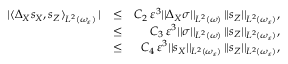
\begin{array} { r l r } { \vert \langle \Delta _ { X } s _ { X } , s _ { Z } \rangle _ { L ^ { 2 } ( \omega _ { \varepsilon } ) } \, \vert } & { \leq } & { C _ { 2 } \, \varepsilon ^ { 3 } \vert \vert \Delta _ { X } \sigma \vert \vert _ { L ^ { 2 } ( \omega ) } \, \vert \vert s _ { Z } \vert \vert _ { L ^ { 2 } ( \omega _ { \varepsilon } ) } , } \\ & { \leq } & { C _ { 3 } \, \varepsilon ^ { 3 } \vert \vert \sigma \vert \vert _ { L ^ { 2 } ( \omega ) } \, \vert \vert s _ { Z } \vert \vert _ { L ^ { 2 } ( \omega _ { \varepsilon } ) } , } \\ & { \leq } & { C _ { 4 } \, \varepsilon ^ { 3 } \vert \vert s _ { X } \vert \vert _ { L ^ { 2 } ( \omega _ { \varepsilon } ) } \, \vert \vert s _ { Z } \vert \vert _ { L ^ { 2 } ( \omega _ { \varepsilon } ) } , } \end{array}